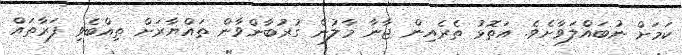
ކަމަށް ނުބައްލަވާށެވެ. އަތޮޅު ތެރެއިން ޖާނާ މާލުން ގުރުބާންވާން ތައްޔާރަށް ތިއްބެވި ފަރާތައް